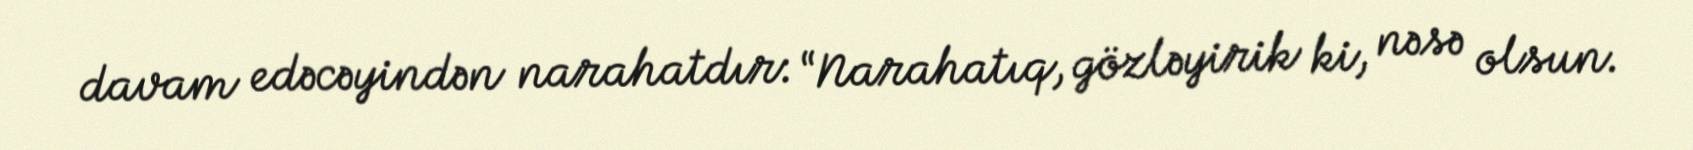
davam edəcəyindən narahatdır: “Narahatıq, gözləyirik ki, nəsə olsun.